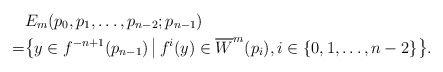
\begin{align*} & E_m(p_0,p_1,\dots,p_{n-2};p_{n-1}) \\= & \big\{ y\in f^{-n+1}(p_{n-1}) \,\big|\, f^i(y) \in \overline{W}^m(p_i),i\in\{0,1,\dots,n-2\} \big\}.\end{align*}